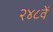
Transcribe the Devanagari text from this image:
२४८वें